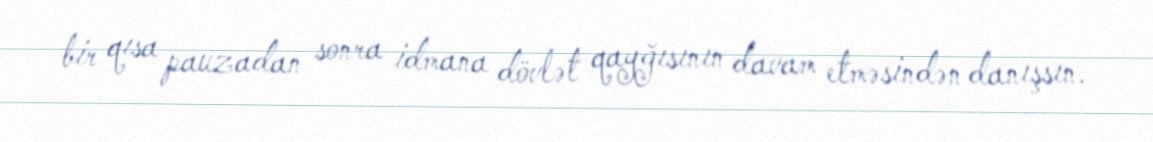
bir qısa pauzadan sonra idmana dövlət qayğısının davam etməsindən danışsın.